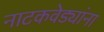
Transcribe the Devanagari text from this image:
नाटकवेड्यांना